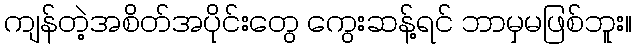
ကျန်တဲ့အစိတ်အပိုင်းတွေ ကွေးဆန့်ရင် ဘာမှမဖြစ်ဘူး။